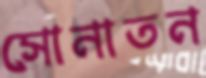
সোনাতন